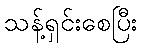
သန့်ရှင်းစေပြီး